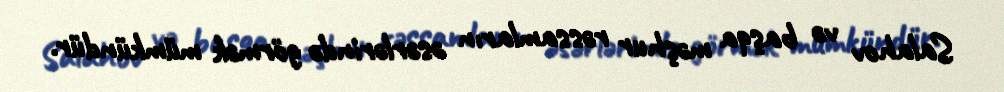
Salahov və başqa məşhur rəssamların əsərlərində görmək mümkündür.